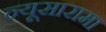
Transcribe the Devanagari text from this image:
न्यूसारामा